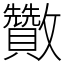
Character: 𣀹